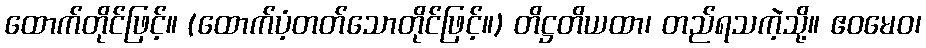
ထောက်တိုင်ဖြင့်။ (ထောက်ပံ့တတ်သောတိုင်ဖြင့်။) တိဋ္ဌတိယထာ၊ တည်ရသကဲ့သို့။ ဧဝမေဝ၊